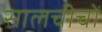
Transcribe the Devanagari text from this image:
सालचीचों